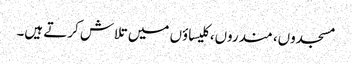
مسجدوں، مندروں، کلیساؤں میں تلاش کرتے ہیں۔